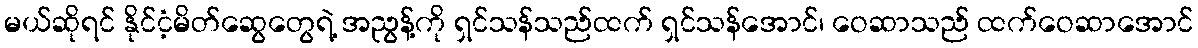
မယ်ဆိုရင် နိုင်ငံ့မိတ်ဆွေတွေရဲ့ အညွန့်ကို ရှင်သန်သည်ထက် ရှင်သန်အောင်၊ ဝေဆာသည် ထက်ဝေဆာအောင်